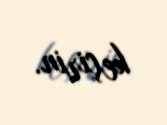
keçirin.